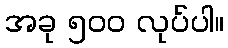
အခု ၅၀၀ လုပ်ပါ။